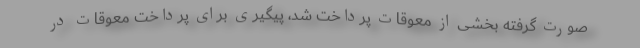
صورت گرفته بخشی از معوقات پرداخت شد، پیگیری برای پرداخت معوقات در